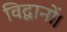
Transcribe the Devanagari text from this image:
विद्वानों।